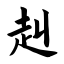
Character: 赳